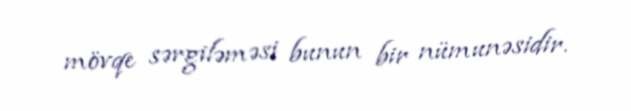
mövqe sərgiləməsi bunun bir nümunəsidir.